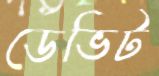
ডেভিট